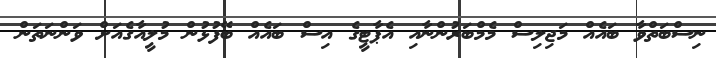
ނިސްބަތްވާ ބައެއް މަޖިލިސް މެމްބަރުންނާއި އެޕާޓީގެ އިސް ބައެއް ބޭފުޅުން މުލީއާގެއަށް ވަންނަތަން